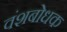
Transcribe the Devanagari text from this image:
वंशबोधक